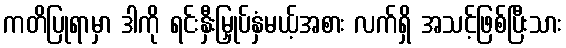
ကတိပြုရာမှာ ဒါကို ရင်းနှီးမြှုပ်နှံမယ့်အစား လက်ရှိ အသင့်ဖြစ်ပြီးသား